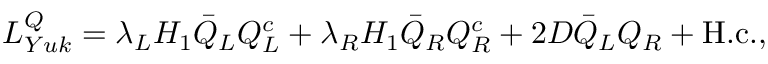
{ \cal L } _ { Y u k } ^ { Q } = \lambda _ { L } H _ { 1 } \bar { Q } _ { L } Q _ { L } ^ { c } + \lambda _ { R } H _ { 1 } \bar { Q } _ { R } Q _ { R } ^ { c } + 2 D \bar { Q } _ { L } Q _ { R } + \mathrm { H . c . } ,